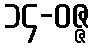
၁၄-ဝဇ္ဇ